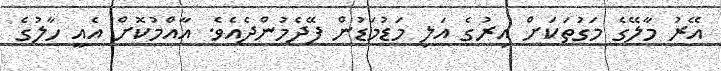
އޭރު މާލޭގެ މަގުތަކަށް އިރުގެ އަލި މަޑުމަޑުން ފޭދެމުންދެއެވެ. އާއްމުކޮށް އެއީ ހާލުގެ